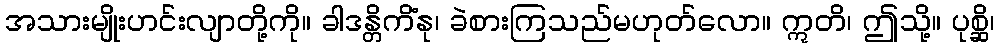
အသားမျိုးဟင်းလျာတို့ကို။ ခါဒန္တိကိံနု၊ ခဲစားကြသည်မဟုတ်လော။ ဣတိ၊ ဤသို့။ ပုစ္ဆိ၊